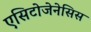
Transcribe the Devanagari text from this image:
एसिटोजेनेसिस